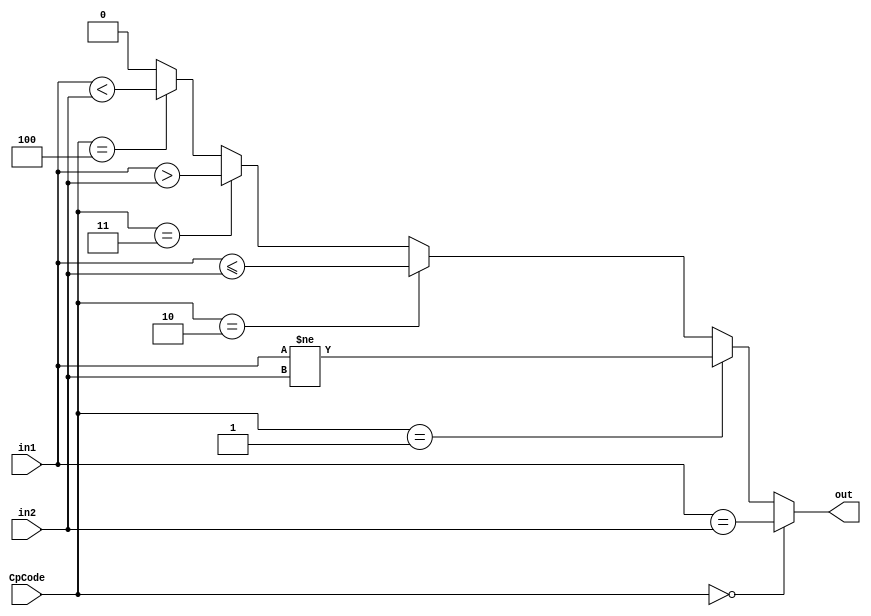
module Compare(in1, in2, CpCode, out);
    input [31:0] in1, in2;
    input [2:0] CpCode;
    output out;

    assign out =
        (CpCode == 3'b000) ? (in1 == in2):
            (CpCode == 3'b001) ? (in1 != in2):
                (CpCode == 3'b010) ? (in1 <= in2):
                    (CpCode == 3'b011) ? (in1 > in2):
                        (CpCode == 3'b100) ? (in1 < in2):1'b0;

endmodule